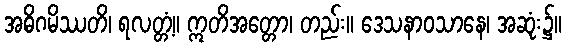
အဓိဂမိဿတိ၊ ရလတ္တံ့။ ဣတိအတ္တော၊ တည်း။ ဒေသနာဝသာနေ၊ အဆုံး၌။